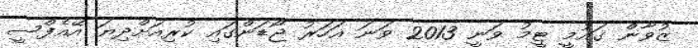
ޒުވާން ގައުމީ ޓީމު ވަނީ 2013 ވަނަ އަހަރު ޖޯޑަންގައި ކުރިއަށްދިޔަ އޭއެފްސީ